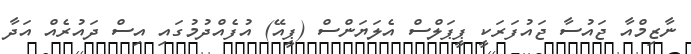
ނާޒިމްއާ ޖައުސާ ޖައުފަރަކީ ޕީޕަލްސް އެލަޔަންސް (ޕީއޭ) އުފެއްދުމުގައި އިސް ދައުރެއް އަދާ